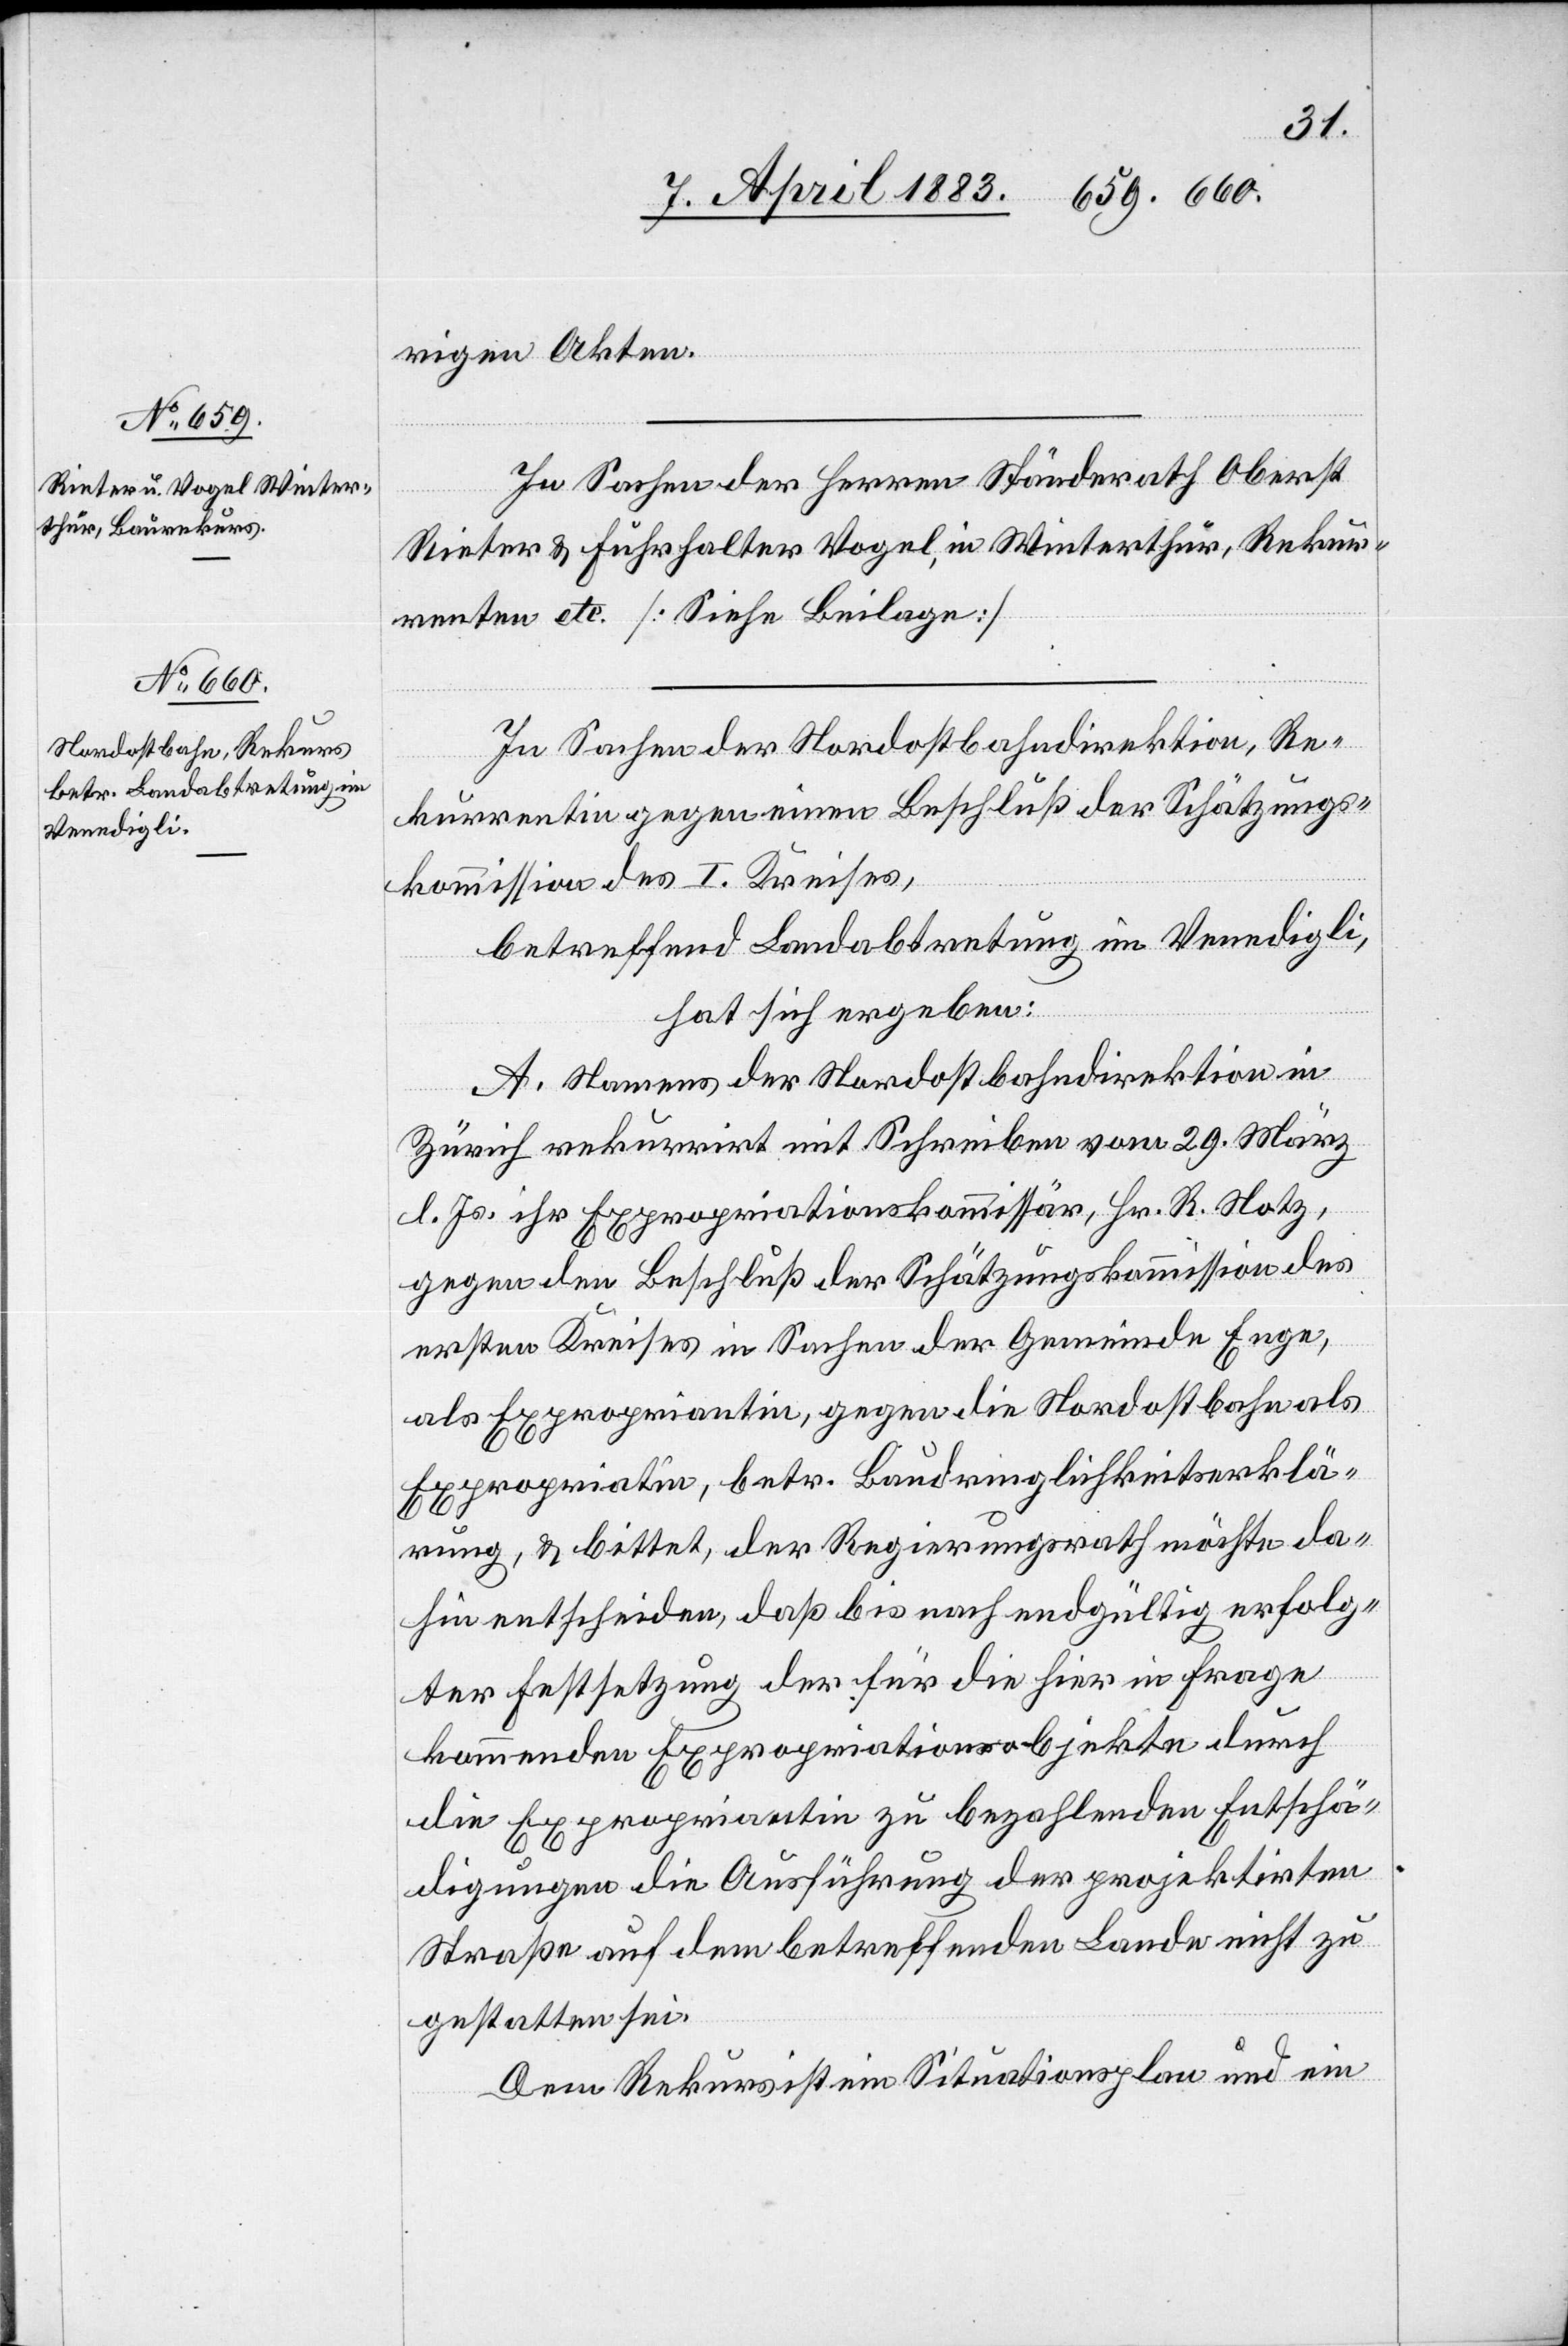
rigen Akten.
In Sachen der Nordostbahndirektion, Re¬
kurrentin gegen einen Beschluß der Schätzungs¬
kommission des I. Kreises,
betreffend Landabtretung im Venedigli,
hat sich ergeben:
A. Namens der Nordostbahndirektion in
Zürich rekurrirt mit Schreiben vom 29. März
l. Js. ihr Expropriationskommissär, Hr. R. Notz,
gegen den Beschluß der Schätzungskommission des
ersten Kreises in Sachen der Gemeinde Enge,
als Expropriantin, gegen die Nordostbahn als
Expropriatin, betr. Baudringlichkeitserklä¬
rung, & bittet, der Regierungsrath möchte da¬
hin entscheiden, daß bis nach endgültig erfolg¬
ter Festsetzung der für die hier in Frage
kommenden Expropriationsobjekte durch
die Expropriantin zu bezahlenden Entschä¬
digungen die Ausführung der projektirten
Straße auf dem betreffenden Lande nicht zu
gestatten sei.
Dem Rekurs ist ein Situationsplan und ein